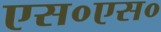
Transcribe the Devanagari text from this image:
एस०एस०